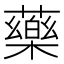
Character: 藥